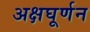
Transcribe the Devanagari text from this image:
अक्षघूर्णन